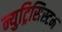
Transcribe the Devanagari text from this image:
न्युट्रिसिस्टम